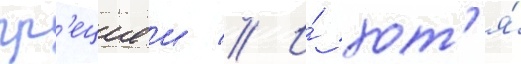
гр'ециеи // И́ хот'я́